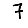
Digit: 7